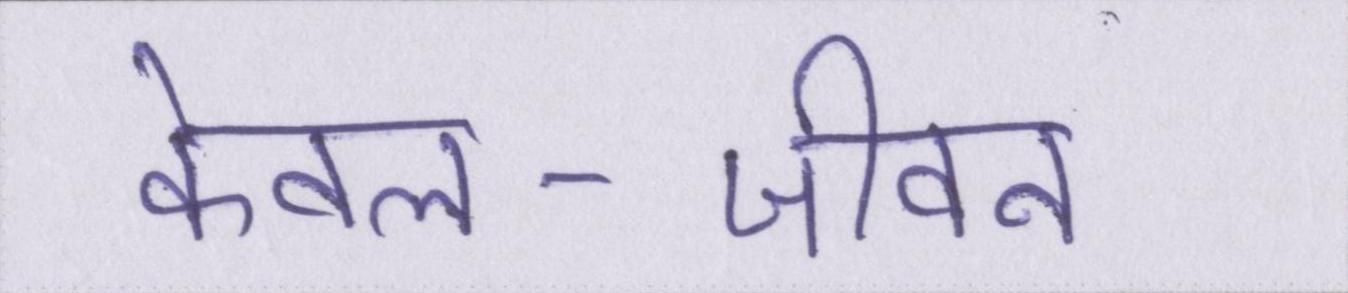
केवल--जीवन